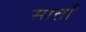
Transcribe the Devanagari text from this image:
सार्तों